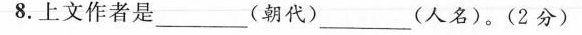
8.上文作者是___(朝代)___(人名)。(2分)